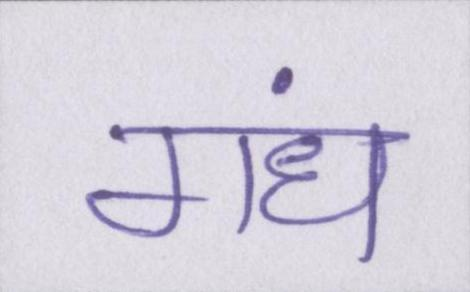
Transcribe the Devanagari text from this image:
गंध